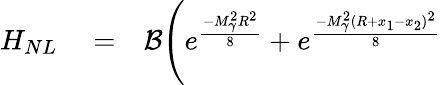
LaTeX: \begin{array}{rlr}{H_{NL}}&{{}=}&{\mathcal{B}\Bigg(e^{\frac{-M_{\gamma}^{2}R^{2}}{8}}+e^{\frac{-M_{\gamma}^{2}(R+x_{1}-x_{2})^{2}}{8}}}\end{array}